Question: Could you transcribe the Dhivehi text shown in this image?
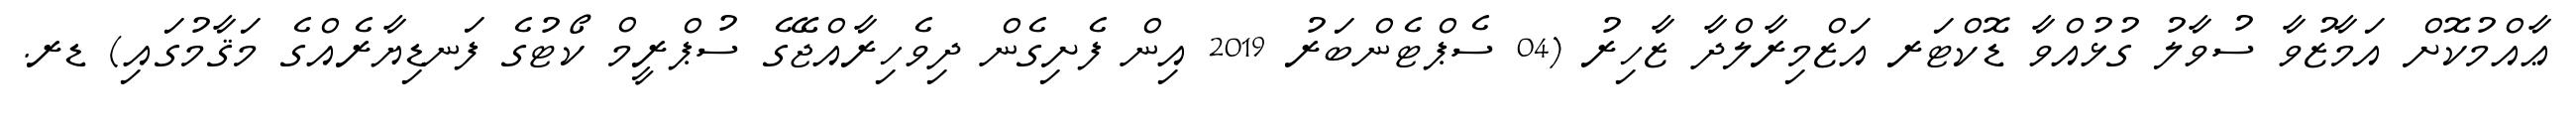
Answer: ޢާއްމުކޮށް އަމާޒުވާ ސުވާލު ގުޅުއްވާ ޑޮކްޓަރ އަޒްމިރާލްދާ ޒާހިރު (04 ސެޕްޓެންބަރު 2019 އިން ފެށިގެން ދިވެހިރާއްޖޭގެ ސުޕްރީމް ކޯޓުގެ ފަނޑިޔާރެއްގެ މަޤާމުގައި) ޑރ.